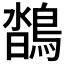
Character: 𪂌